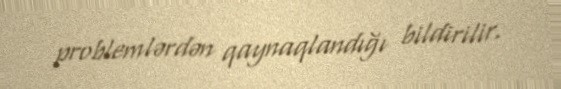
problemlərdən qaynaqlandığı bildirilir.